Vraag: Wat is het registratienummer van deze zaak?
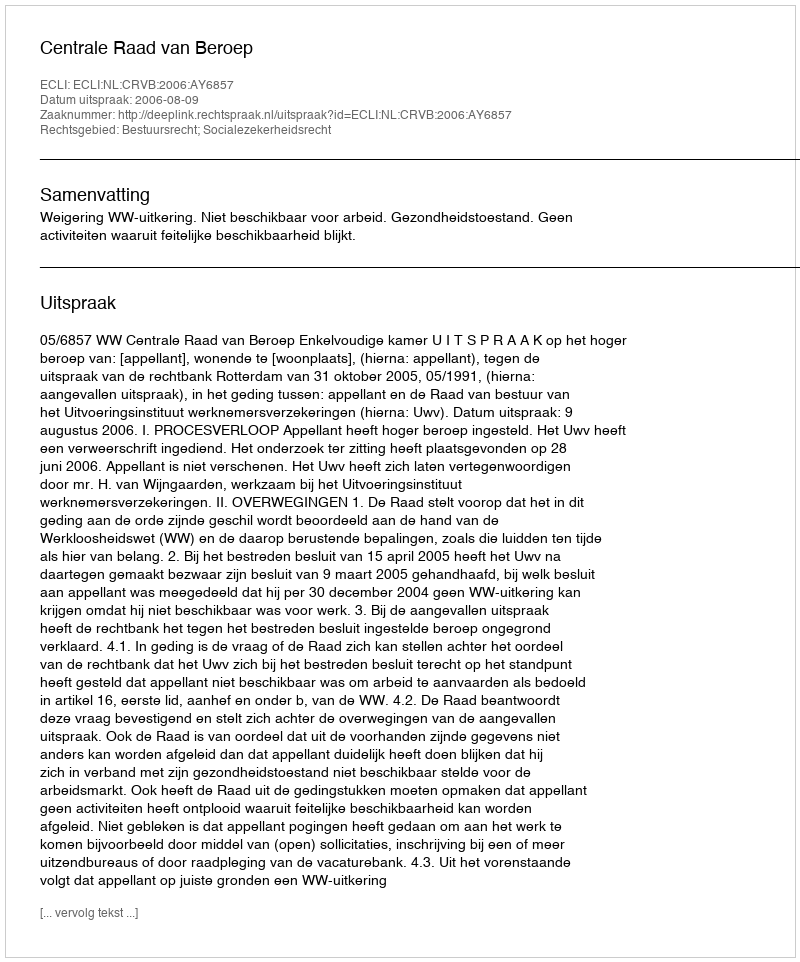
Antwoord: http://deeplink.rechtspraak.nl/uitspraak?id=ECLI:NL:CRVB:2006:AY6857